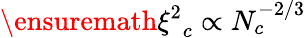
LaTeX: \ensuremath{\xi^{2}}_{c}\propto N_{c}^{-2/3}